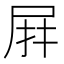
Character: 𭕙